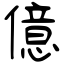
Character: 億